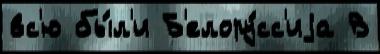
вс'ю бы́л'и Б'елору́сс'иjа В